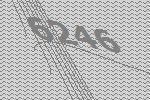
6246